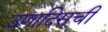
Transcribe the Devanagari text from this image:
उणादिसूची